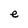
Character: e